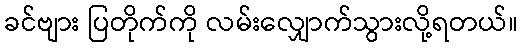
ခင်ဗျား ပြတိုက်ကို လမ်းလျှောက်သွားလို့ရတယ်။